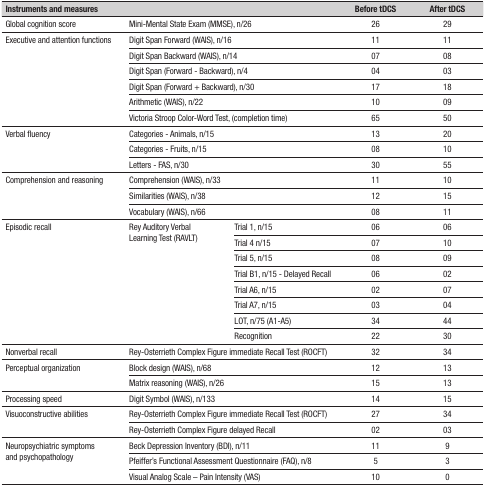
<table><thead><tr><td><b>Instruments and measures</b></td><td colspan="2"><b> </b></td><td><b>Before tDCS </b></td><td><b>After tDCS</b></td></tr></thead><tbody><tr><td>Global cognition score</td><td colspan="2">Mini-Mental State Exam (MMSE), n/26</td><td>26</td><td>29</td></tr><tr><td rowspan="6">Executive and attention functions</td><td colspan="2">Digit Span Forward (WAIS), n/16</td><td>11</td><td>11</td></tr><tr><td colspan="2">Digit Span Backward (WAIS), n/14</td><td>07</td><td>08</td></tr><tr><td colspan="2">Digit Span (Forward - Backward), n/4</td><td>04</td><td>03</td></tr><tr><td colspan="2">Digit Span (Forward + Backward), n/30</td><td>17</td><td>18</td></tr><tr><td colspan="2">Arithmetic (WAIS), n/22</td><td>10</td><td>09</td></tr><tr><td colspan="2">Victoria Stroop Color-Word Test, (completion time)</td><td>65</td><td>50</td></tr><tr><td rowspan="3">Verbal fluency</td><td colspan="2">Categories - Animals, n/15</td><td>13</td><td>20</td></tr><tr><td colspan="2">Categories - Fruits, n/15</td><td>08</td><td>10</td></tr><tr><td colspan="2">Letters - FAS, n/30</td><td>30</td><td>55</td></tr><tr><td rowspan="3">Comprehension and reasoning</td><td colspan="2">Comprehension (WAIS), n/33</td><td>11</td><td>10</td></tr><tr><td colspan="2">Similarities (WAIS), n/38</td><td>12</td><td>15</td></tr><tr><td colspan="2">Vocabulary (WAIS), n/66</td><td>08</td><td>11</td></tr><tr><td rowspan="8">Episodic recall</td><td rowspan="8">Rey Auditory Verbal Learning Test (RAVLT)</td><td>Trial 1, n/15</td><td>06</td><td>06</td></tr><tr><td>Trial 4 n/15</td><td>07</td><td>10</td></tr><tr><td>Trial 5, n/15</td><td>08</td><td>09</td></tr><tr><td>Trial B1, n/15 - Delayed Recall</td><td>06</td><td>02</td></tr><tr><td>Trial A6, n/15</td><td>02</td><td>07</td></tr><tr><td>Trial A7, n/15</td><td>03</td><td>04</td></tr><tr><td>LOT, n/75 (A1-A5)</td><td>34</td><td>44</td></tr><tr><td>Recognition</td><td>22</td><td>30</td></tr><tr><td>Nonverbal recall</td><td colspan="2">Rey-Osterrieth Complex Figure immediate Recall Test (ROCFT)</td><td>32</td><td>34</td></tr><tr><td rowspan="2">Perceptual organization</td><td colspan="2">Block design (WAIS), n/68</td><td>12</td><td>13</td></tr><tr><td colspan="2">Matrix reasoning (WAIS), n/26</td><td>15</td><td>13</td></tr><tr><td>Processing speed</td><td colspan="2">Digit Symbol (WAIS), n/133</td><td>14</td><td>15</td></tr><tr><td rowspan="2">Visuoconstructive abilities</td><td colspan="2">Rey-Osterrieth Complex Figure immediate Recall Test (ROCFT)</td><td>27</td><td>34</td></tr><tr><td colspan="2">Rey-Osterrieth Complex Figure delayed Recall</td><td>02</td><td>03</td></tr><tr><td rowspan="3">Neuropsychiatric symptoms and psychopathology</td><td colspan="2">Beck Depression Inventory (BDI), n/11</td><td>11</td><td>9</td></tr><tr><td colspan="2">Pfeiffer&#x27;s Functional Assessment Questionnaire (FAQ), n/8</td><td>5</td><td>3</td></tr><tr><td colspan="2">Visual Analog Scale – Pain Intensity (VAS)</td><td>10</td><td>0</td></tr></tbody></table>